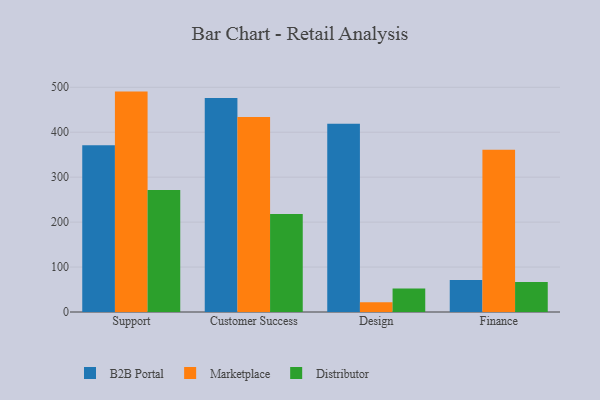
{"axis": {"x": "Department", "y": "Inventory Turnover"}, "legend": ["B2B Portal", "Distributor", "Marketplace"], "data": [{"x": "Support", "y": 371.3, "type": "B2B Portal"}, {"x": "Support", "y": 490.4, "type": "Marketplace"}, {"x": "Support", "y": 271.5, "type": "Distributor"}, {"x": "Customer Success", "y": 475.9, "type": "B2B Portal"}, {"x": "Customer Success", "y": 433.7, "type": "Marketplace"}, {"x": "Customer Success", "y": 218.1, "type": "Distributor"}, {"x": "Design", "y": 418.8, "type": "B2B Portal"}, {"x": "Design", "y": 21.7, "type": "Marketplace"}, {"x": "Design", "y": 52.4, "type": "Distributor"}, {"x": "Finance", "y": 71.2, "type": "B2B Portal"}, {"x": "Finance", "y": 360.8, "type": "Marketplace"}, {"x": "Finance", "y": 66.5, "type": "Distributor"}]}